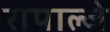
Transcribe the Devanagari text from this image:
रापाल्जे